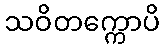
သဝိတက္ကောပိ